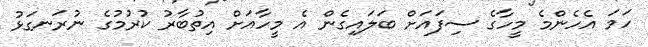
ހަމަ އެހެންމެ މީހާގެ ސިފައަށް ބަލައިގެން އެ މީހާއަށް އިތުބާރު ކުރުމުގެ ނުރަނގަޅު